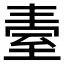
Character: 𦤿